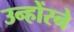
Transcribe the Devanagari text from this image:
उन्होंरने